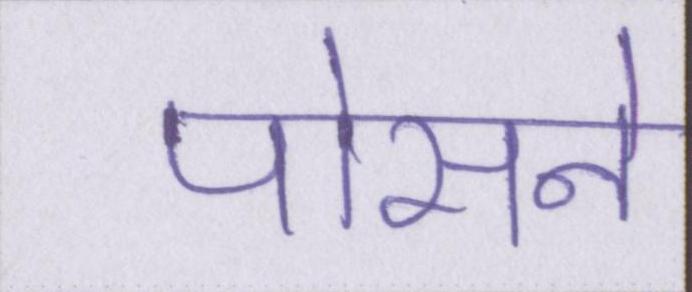
पोसने